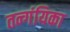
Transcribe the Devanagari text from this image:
तन्गंयिका